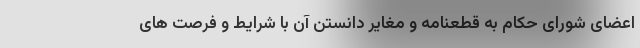
اعضای شورای حکام به قطعنامه و مغایر دانستن آن با شرایط و فرصت های